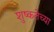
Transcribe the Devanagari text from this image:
शुष्कतेच्या